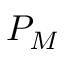
P _ { M }